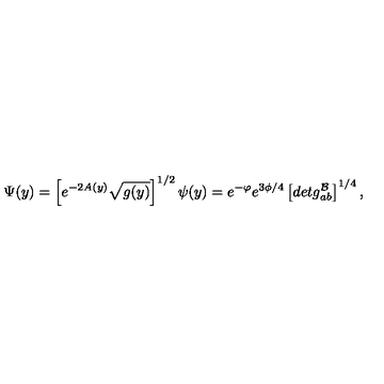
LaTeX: \Psi ( y ) = \left[ e ^ { - 2 A ( y ) } \sqrt { g ( y ) } \right] ^ { 1 / 2 } \psi ( y ) = e ^ { - \varphi } e ^ { 3 \phi / 4 } \left[ d e t g _ { a b } ^ { \cal { B } } \right] ^ { 1 / 4 } ,